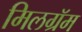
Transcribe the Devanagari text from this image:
मिलग्रॅम